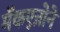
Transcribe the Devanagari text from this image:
मॅकएन्रोने